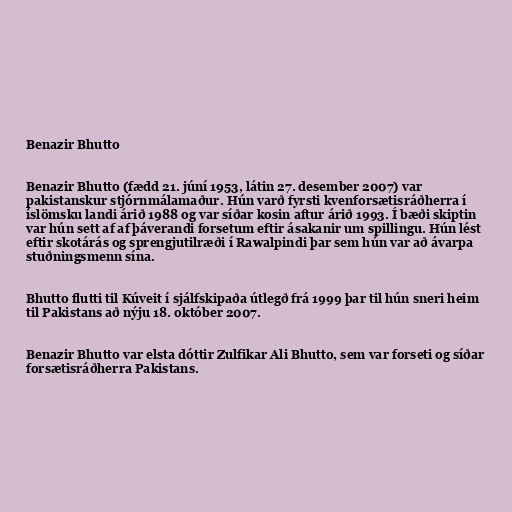
Benazir Bhutto

Benazir Bhutto (fædd 21. júní 1953, látin 27. desember 2007) var
pakistanskur stjórnmálamaður. Hún varð fyrsti kvenforsætisráðherra í
íslömsku landi árið 1988 og var síðar kosin aftur árið 1993. Í bæði skiptin
var hún sett af af þáverandi forsetum eftir ásakanir um spillingu. Hún lést
eftir skotárás og sprengjutilræði í Rawalpindi þar sem hún var að ávarpa
stuðningsmenn sína.

Bhutto flutti til Kúveit í sjálfskipaða útlegð frá 1999 þar til hún sneri heim
til Pakistans að nýju 18. október 2007.

Benazir Bhutto var elsta dóttir Zulfikar Ali Bhutto, sem var forseti og síðar
forsætisráðherra Pakistans.